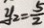
y _ { 2 } = \frac { 5 } { 2 }